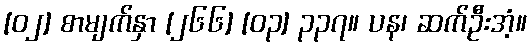
[၀၂] စာမျက်နှာ [၂၆၆] [၀၃] ၃၃၇။ ပန၊ ဆက်ဦးအံ့။